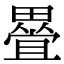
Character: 𭻰